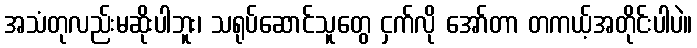
အသံတုလည်းမဆိုးပါဘူး၊ သရုပ်ဆောင်သူတွေ ငှက်လို အော်တာ တကယ့်အတိုင်းပါပဲ။